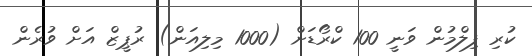
ކުރި ފިލްމުން ވަނީ 100 ކްރޯޑަށް (1000 މިލިއަން) ރުޕީޒް އަށް ވުރެން